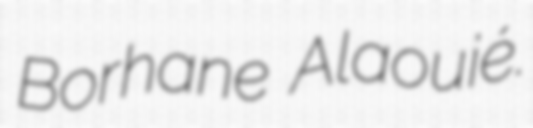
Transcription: Borhane Alaouié.